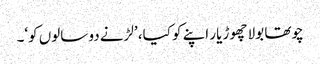
چوتھا بولا چھوڑ یار اپنے کو کیا، ’لڑنے دو سالوں کو‘۔